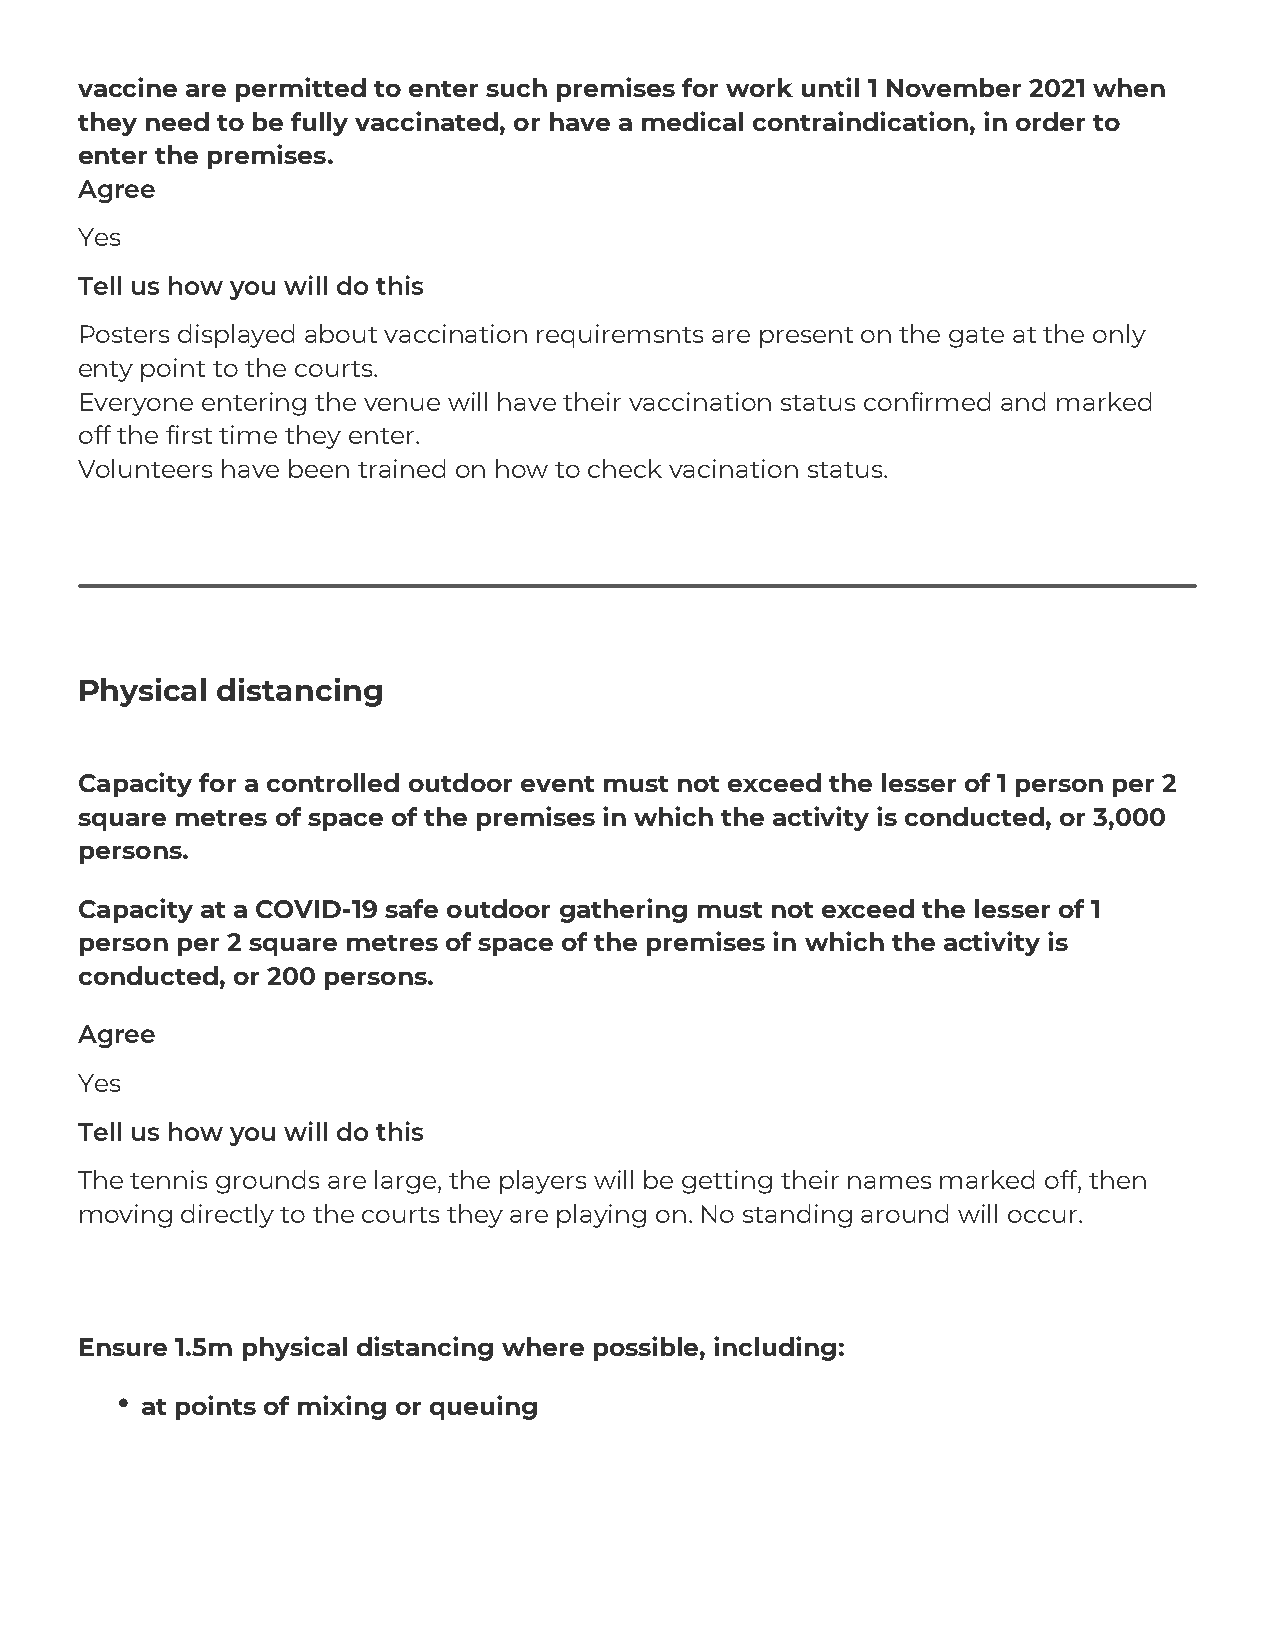
vaccine are permitted to enter such premises for work until 1 November 2021 when
 they need to be fully vaccinated, or have a medical contraindication, in order to
 enter the premises.
 Agree
 Yes
 Tell us how you will do this
 Posters displayed about vaccination requiremsnts are present on the gate at the only
 enty point to the courts.
 Everyone entering the venue will have their vaccination status confirmed and marked
 off the first time they enter.
 Volunteers have been trained on how to check vacination status.
 Physical distancing
 Capacity for a controlled outdoor event must not exceed the lesser of 1 person per 2
 square metres of space of the premises in which the activity is conducted, or 3,000
 persons.
 Capacity at a COVID-19 safe outdoor gathering must not exceed the lesser of 1
 person per 2 square metres of space of the premises in which the activity is
 conducted, or 200 persons.
 Agree
 Yes
 Tell us how you will do this
 The tennis grounds are large, the players will be getting their names marked off, then
 moving directly to the courts they are playing on. No standing around will occur.
 Ensure 1.5m physical distancing where possible, including:
 at points of mixing or queuing